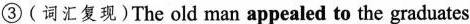
③(词汇复现)The old man appealed to the graduates